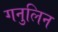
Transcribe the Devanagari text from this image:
गनुलिन